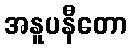
အနူပနီတော